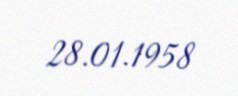
28.01.1958